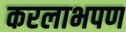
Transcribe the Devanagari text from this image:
करलाभपण